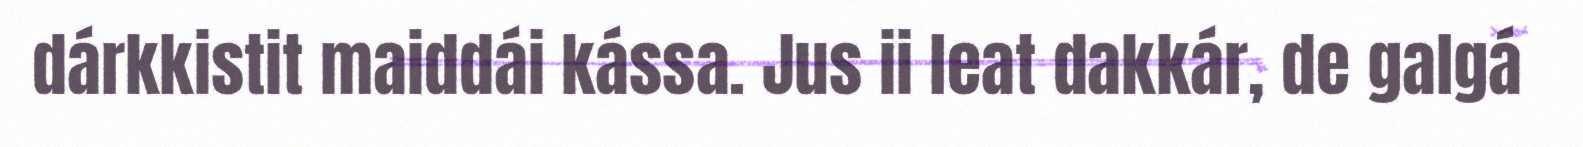
dárkkistit maiddái kássa. Jus ii leat dakkár, de galgá